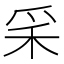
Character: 𥝩